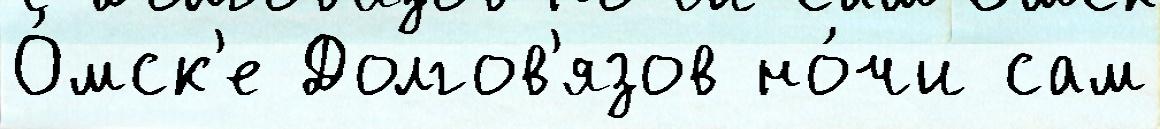
О́мск'е Долгов'язов но́чи сам